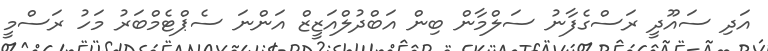
އަދި ސައޫދީ ރަސްގެފާނު ސަލްމާން ބިން އަބްދުލްއަޒީޒް އަންނަ ސެޕްޓެމްބަރު މަހު ރަސްމީ